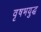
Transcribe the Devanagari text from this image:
वृषभयुद्ध